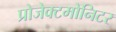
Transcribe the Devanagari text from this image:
प्रोजेक्टमोनिटर